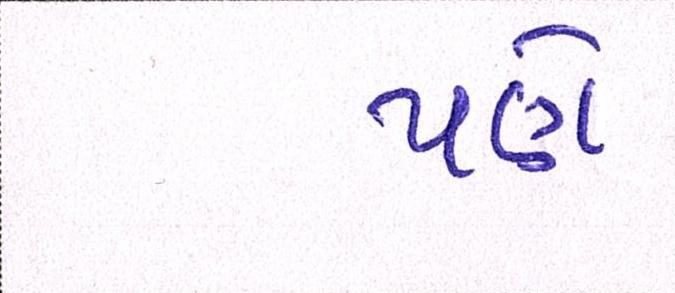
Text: પણે